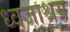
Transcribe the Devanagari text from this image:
ध्वजाश्रय